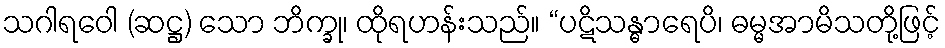
သဂါရဝေါ (ဆဋ္ဌ) သော ဘိက္ခု၊ ထိုရဟန်းသည်။ “ပဋိသန္ဓာရေပိ၊ ဓမ္မအာမိသတို့ဖြင့်